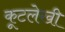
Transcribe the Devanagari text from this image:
कूटलेखी